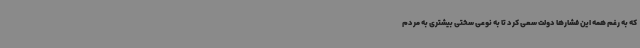
که به رغم همه این فشارها دولت سعی کرد تا به نوعی سختی بیشتری به مردم